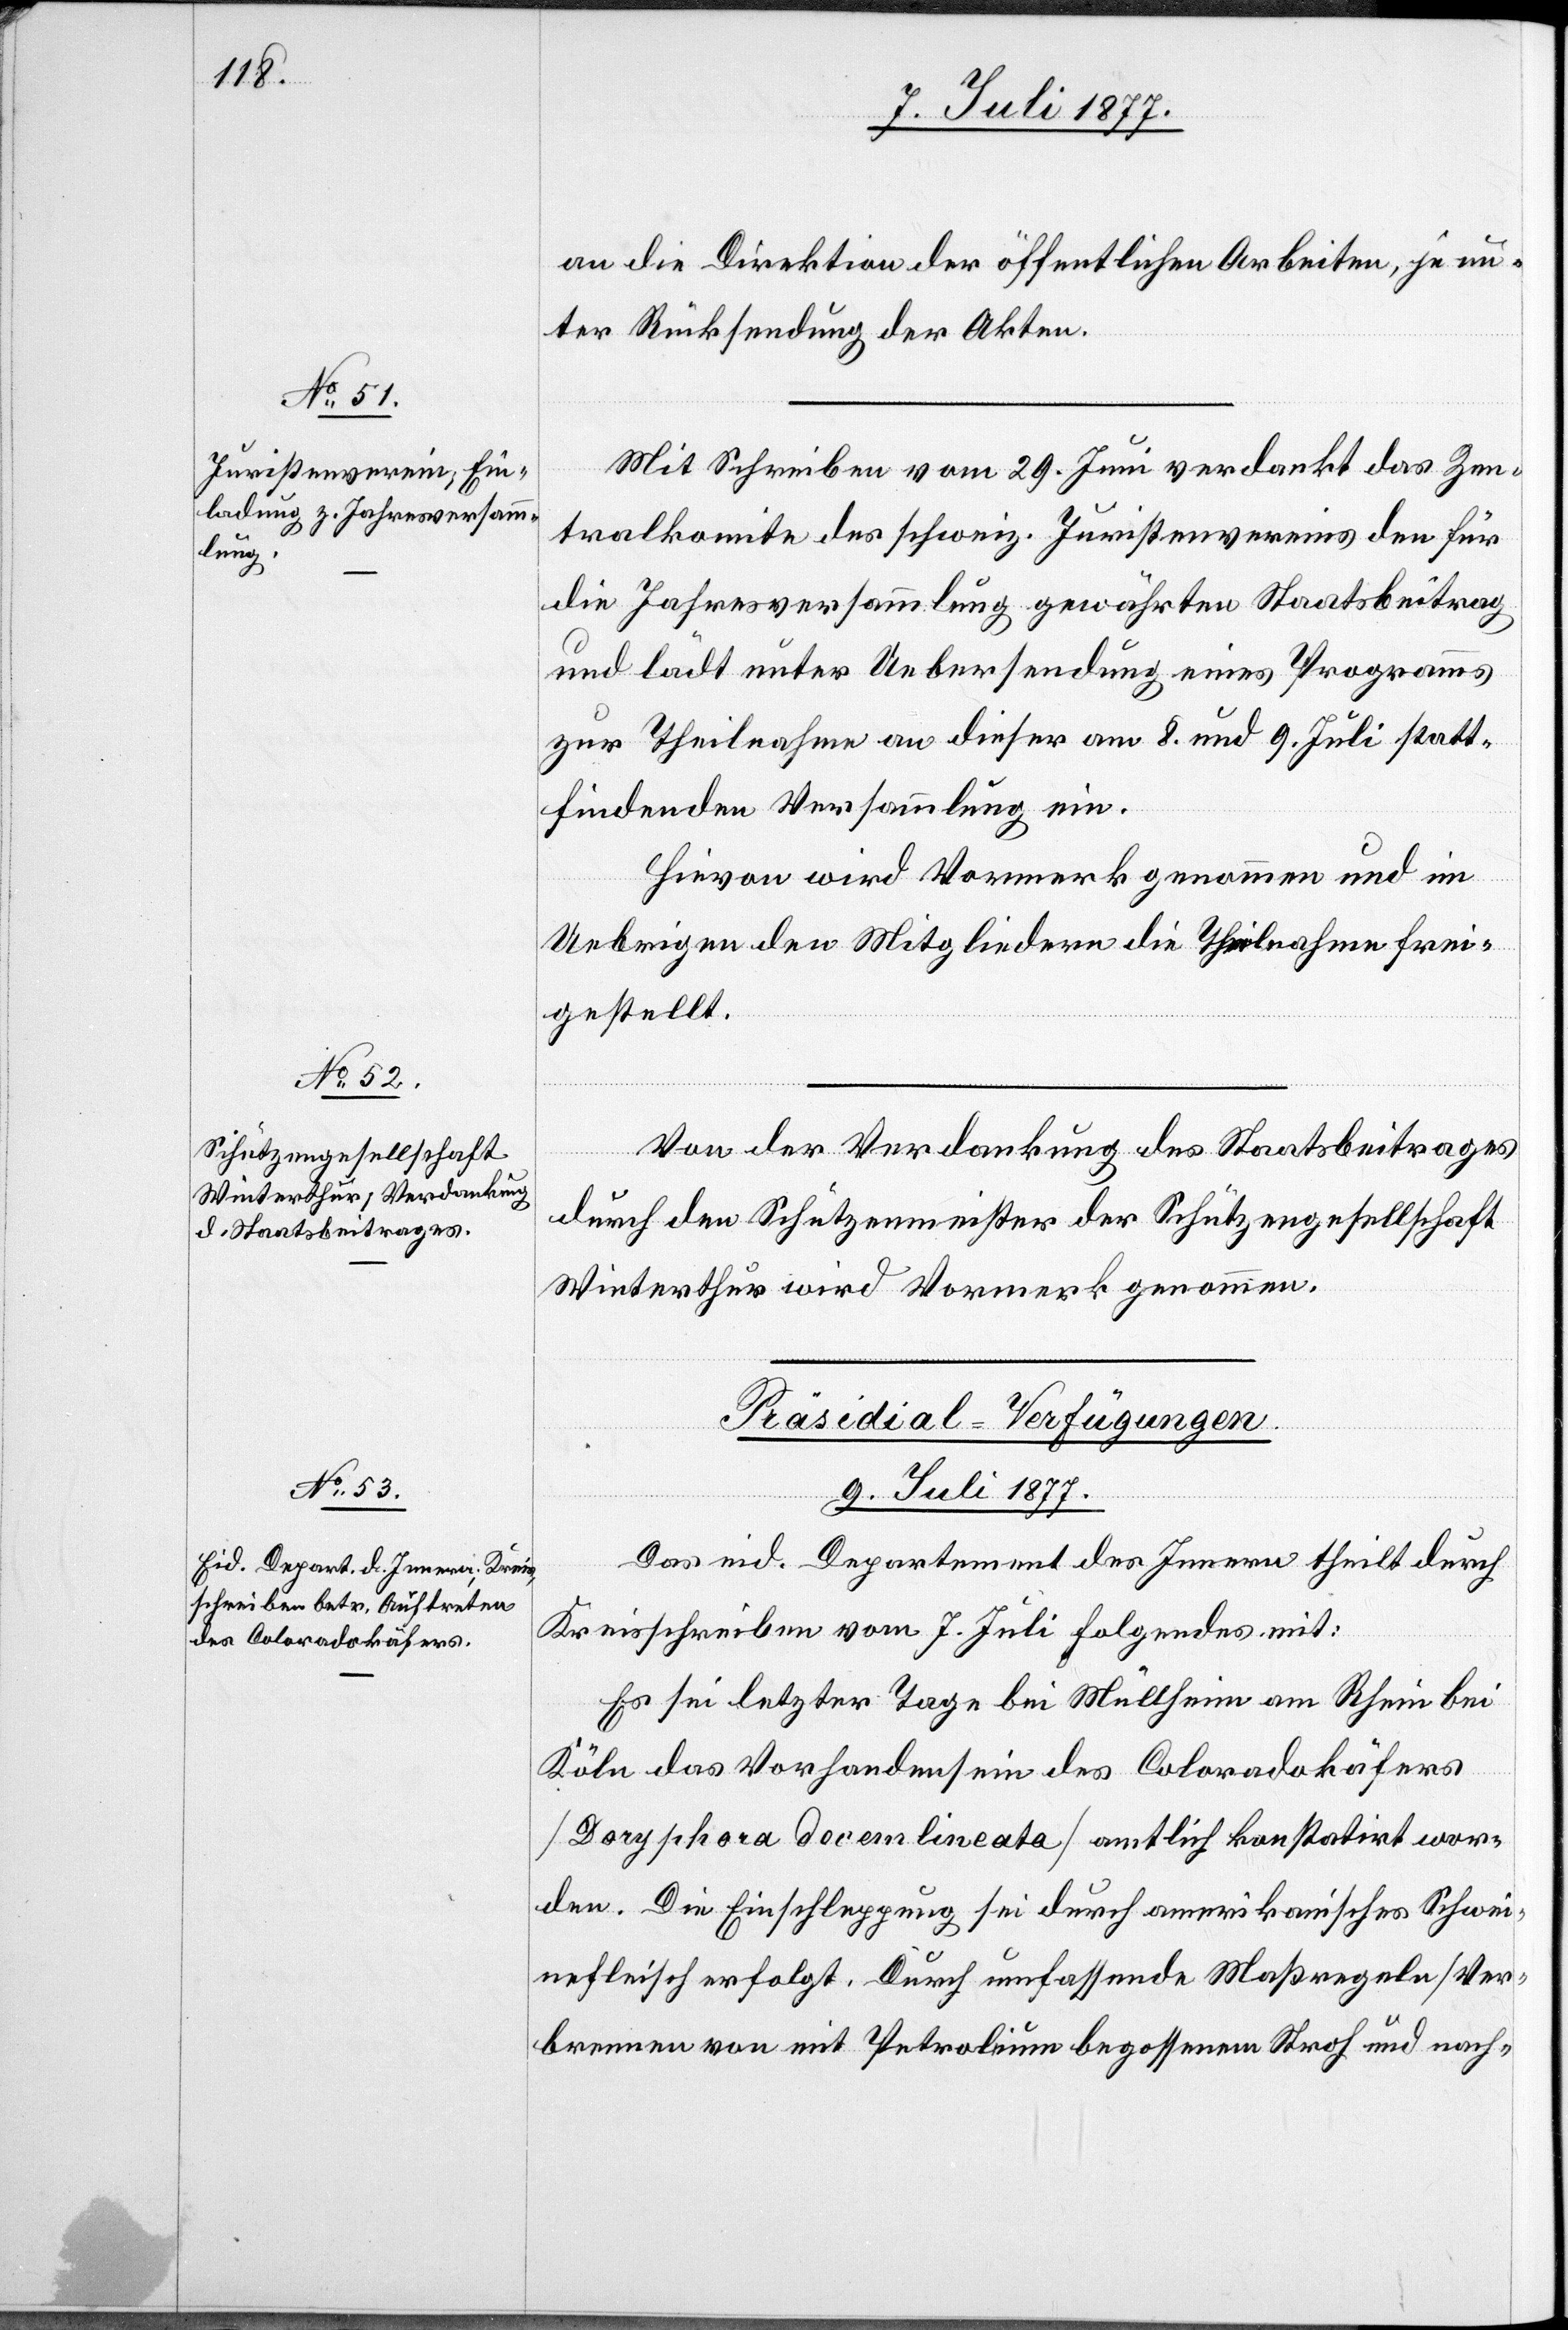
an die Direktion der öffentlichen Arbeiten, je un¬
ter Rücksendung der Akten.
Mit Schreiben vom 29. Juni verdankt das Zen¬
tralkomite des schweiz. Juristenvereins den für
die Jahresversammlung gewährten Staatsbeitrag
und lädt unter Uebersendung eines Programms
zur Theilnahme an dieser am 8. und 9. Juli statt¬
findenden Versammlung ein.
Hievon wird Vormerk genommen und im
Uebrigen den Mitgliedern die Theilnahme frei¬
gestellt.
Von der Verdankung des Staatsbeitrages
durch den Schützenmeister der Schützengesellschaft
Winterthur wird Vormerk genommen.
Präsidial-Verfügungen.
9. Juli 1877.
Das eid. Departement des Innern theilt durch
Kreisschreiben vom 7. Juli folgendes mit:
Es sei letzter Tage bei Müllheim am Rhein bei
Köln das Vorhandensein des Coloradokäfers
[Doryschora docem lineata] amtlich konstatirt wor¬
den. Die Einschleppung sei durch amerikanisches Schwei¬
nefleisch erfolgt. Durch umfassende Maßregeln [Ver¬
brennen von mit Petroleum begossenem Stroh und nach-